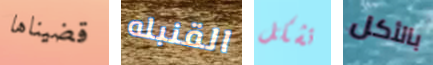
قضيناها القنبله تشكل بالأكل